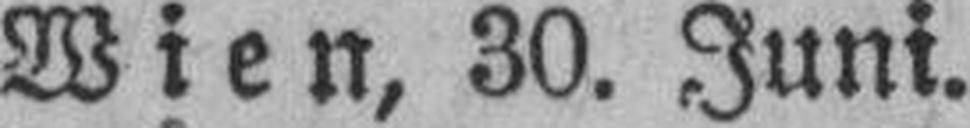
Wien, 30. Juni.